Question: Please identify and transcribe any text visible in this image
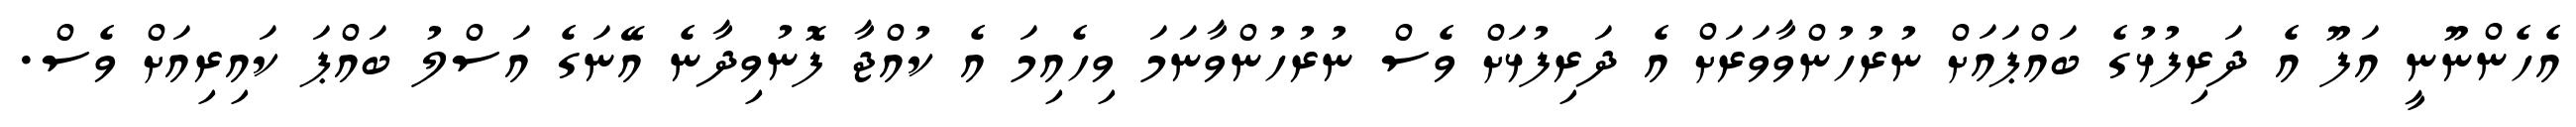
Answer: އެހެންނޫނީ އަފޫ އެ ދަރިފުޅުގެ ބައްޕައަށް ނުރުހުންވާވަރަށް އެ ދަރިފުޅަށް ވެސް ނުރުހުންވާނަމަ ވިހެއިމަ އެ ކުއްޖާ ފޮނުވިދާނެ އޭނަގެ އަސްލު ބައްޕަ ކައިރިއަށް ވެސް.